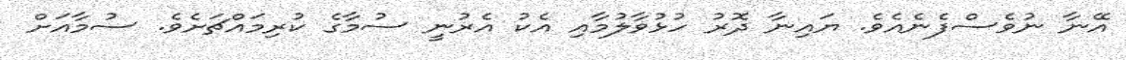
އޭނާ ނުވެސްފެނެއެވެ. ޔައިނާ ދޮރު ހުޅުވާލުމާއި އެކު އެރުނީ ސުމާގެ ކުރިމައްޗަށެވެ. ސުމާއަށް